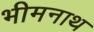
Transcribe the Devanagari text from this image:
भीमनाथ